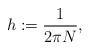
\begin{align*}h:=\frac{1}{2\pi N},\end{align*}